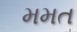
મમત